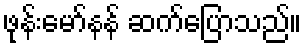
ဖုန်းမော်နန် ဆက်ပြောသည်။